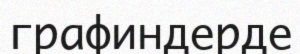
графиндерде